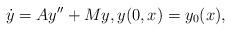
LaTeX: \begin{align*}\dot y=Ay''+My, y(0,x)=y_0(x),\end{align*}